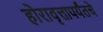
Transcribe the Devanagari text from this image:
होरावृत्तापर्यंतचे